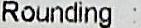
ROUNDING :